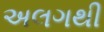
અલગથી